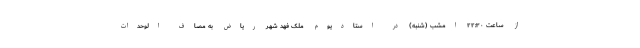
از ساعت ۲۲:۳۰ امشب (شنبه) در استادیوم ملک فهد شهر ریاض به مصاف الوحدات